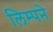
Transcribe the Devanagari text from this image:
लिम्पने